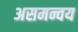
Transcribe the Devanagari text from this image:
असमन्वय